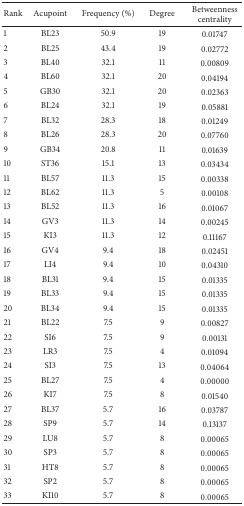
| Rank | Acupoint | Frequency (%) | Degree | Betweenness centrality |
 | --- | --- | --- | --- | --- |
 | 1 | BL23 | 50.9 | 19 | 0.01747 |
 | 2 | BL25 | 43.4 | 19 | 0.02772 |
 | 3 | BL40 | 32.1 | 11 | 0.00809 |
 | 4 | BL60 | 32.1 | 20 | 0.04194 |
 | 5 | GB30 | 32.1 | 20 | 0.02363 |
 | 6 | BL24 | 32.1 | 19 | 0.05881 |
 | 7 | BL32 | 28.3 | 18 | 0.01249 |
 | 8 | BL26 | 28.3 | 20 | 0.07760 |
 | 9 | GB34 | 20.8 | 11 | 0.01639 |
 | 10 | ST36 | 15.1 | 13 | 0.03434 |
 | 11 | BL57 | 11.3 | 15 | 0.00338 |
 | 12 | BL62 | 11.3 | 5 | 0.00108 |
 | 13 | BL52 | 11.3 | 16 | 0.01067 |
 | 14 | GV3 | 11.3 | 14 | 0.00245 |
 | 15 | KI3 | 11.3 | 12 | 0.11167 |
 | 16 | GV4 | 9.4 | 18 | 0.02451 |
 | 17 | LI4 | 9.4 | 10 | 0.04310 |
 | 18 | BL31 | 9.4 | 15 | 0.01335 |
 | 19 | BL33 | 9.4 | 15 | 0.01335 |
 | 20 | BL34 | 9.4 | 15 | 0.01335 |
 | 21 | BL22 | 7.5 | 9 | 0.00827 |
 | 22 | SI6 | 7.5 | 9 | 0.00131 |
 | 23 | LR3 | 7.5 | 4 | 0.01094 |
 | 24 | SI3 | 7.5 | 13 | 0.04064 |
 | 25 | BL27 | 7.5 | 4 | 0.00000 |
 | 26 | KI7 | 7.5 | 8 | 0.01540 |
 | 27 | BL37 | 5.7 | 16 | 0.03787 |
 | 28 | SP9 | 5.7 | 14 | 0.13137 |
 | 29 | LU8 | 5.7 | 8 | 0.00065 |
 | 30 | SP3 | 5.7 | 8 | 0.00065 |
 | 31 | HT8 | 5.7 | 8 | 0.00065 |
 | 32 | SP2 | 5.7 | 8 | 0.00065 |
 | 33 | KI10 | 5.7 | 8 | 0.00065 |